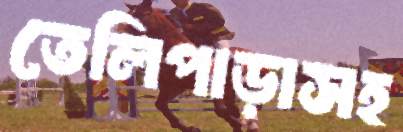
তেলিপাড়াসহ